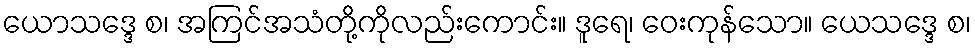
ယောသဒ္ဒေ စ၊ အကြင်အသံတို့ကိုလည်းကောင်း။ ဒူရေ၊ ဝေးကုန်သော။ ယေသဒ္ဒေ စ၊